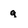
Character: g